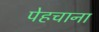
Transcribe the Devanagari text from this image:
पेहचाना